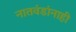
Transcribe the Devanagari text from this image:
नातवंडांनाही